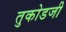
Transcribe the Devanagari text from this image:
तुकोडजी